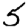
Digit: 5